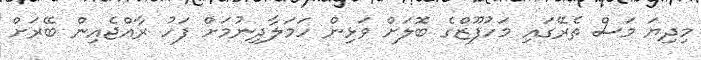
މިދިޔަ މަސް ތެރޭގައި މަހުފޫޒްގެ ބޮލަށް ވަޅިން ހަމަލާދިނުމަށް ފަހު ރާއްޖެއިން ބޭރަށް